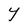
Character: Y